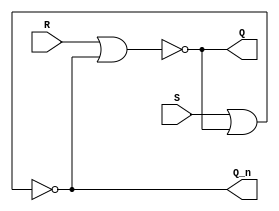
`timescale 1ns / 1ps
//////////////////////////////////////////////////////////////////////////////////
// Company: 
// Engineer: 
// 
// Design Name: 
// Module Name: step1_sr
// Project Name: 
// Target Devices: 
// Tool Versions: 
// Description: 
// 
// Dependencies: 
// 
// Revision:
// Revision 0.01 - File Created
// Additional Comments:
// 
//////////////////////////////////////////////////////////////////////////////////

module step1_sr(
input   S,R,
output  Q,Q_n);
assign  Q   = ~(R | Q_n);
assign  Q_n = ~(S | Q);
endmodule